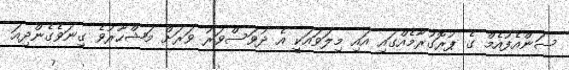
ސަންއެފުއެމް ގެ ޕުރޮގުރާމެއްގައި އައި މިލަވައަކީ އެ ދުވަސްވަރު ވަރަށް މަޝްހޫރުވެ ގިނަވެގެންދިއަ